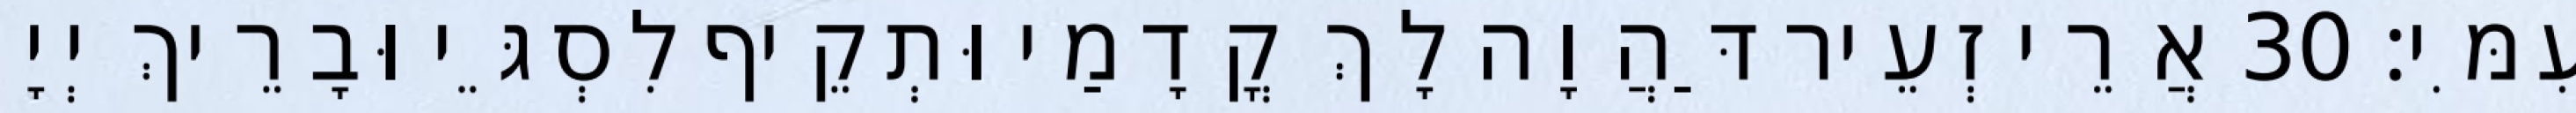
עִמִּי׃ 30 אֲרֵי זְעֵיר דַּהֲוָה לָךְ קֳדָמַי וּתְקֵיף לִסְגֵּי וּבָרֵיךְ יְיָ